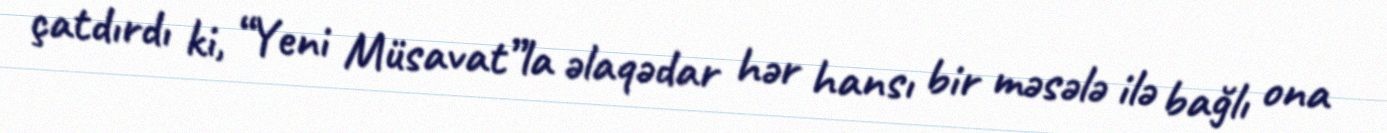
çatdırdı ki, “Yeni Müsavat”la əlaqədar hər hansı bir məsələ ilə bağlı ona